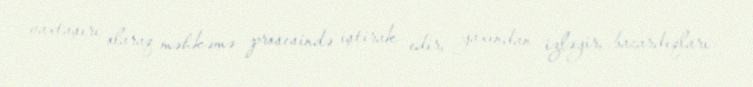
vaxtaşırı olaraq məhkəmə prosesində iştirak edir, yaxından izləyir, bacardıqları